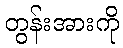
တွန်းအားကို